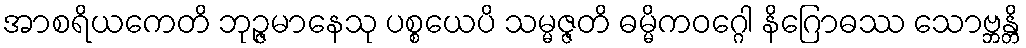
အာစရိယကေတိ ဘုဉ္ဇမာနေသု ပစ္စယေပိ သမ္မဇ္ဇတိ ဓမ္မိကဝဂ္ဂေါ နိဂြောဓဿ သောဗ္ဘန္တိ